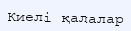
Киелі қалалар